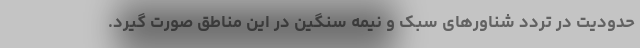
حدودیت در تردد شناور‌های سبک و نیمه سنگین در این مناطق صورت گیرد.